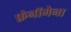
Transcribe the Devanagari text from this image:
फ़ेनॉमेना